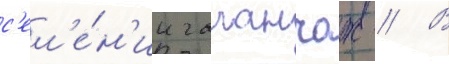
с'ел'е́н'ии галанчож // В